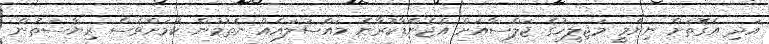
އަދި އެގޮތަށް ނިންމީ މަޖިލީހުގެ ޖަލްސާއަށް އެޖެންޑާކުރާނެ މައްސަލައެއް ނެތުމުން ކަމަށްވެސް ރިޔާސަތުން